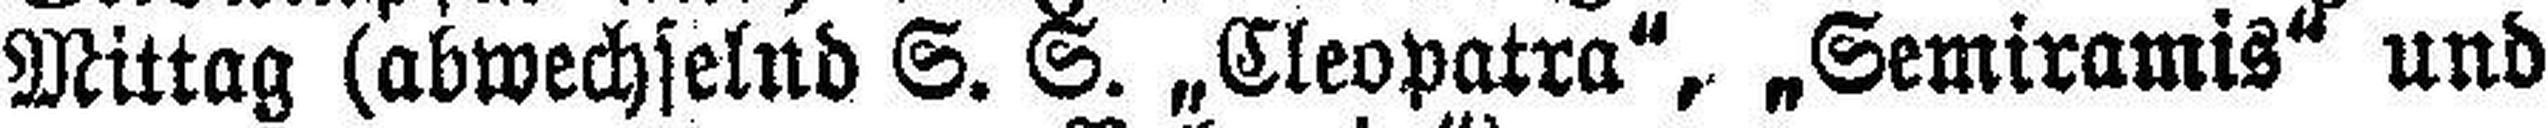
Mittag (abwechselnd S. S. „Cleopatra", „Semiramis“ und